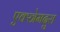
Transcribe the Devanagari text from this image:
एक्स्त्रेमदुरा